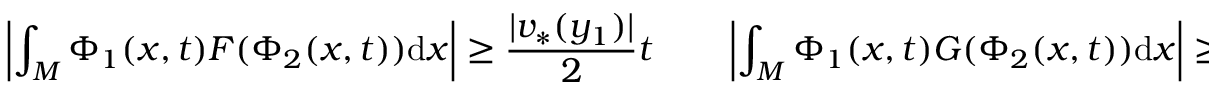
\left| \int _ { M } \Phi _ { 1 } ( x , t ) F ( \Phi _ { 2 } ( x , t ) ) \mathrm { d } x \right| \geq \frac { | v _ { * } ( y _ { 1 } ) | } { 2 } t \qquad \left| \int _ { M } \Phi _ { 1 } ( x , t ) G ( \Phi _ { 2 } ( x , t ) ) \mathrm { d } x \right| \geq \frac { | v _ { * } ( y _ { 2 } ) | } { 2 } t